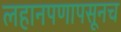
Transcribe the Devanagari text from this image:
लहानपणापसूनच